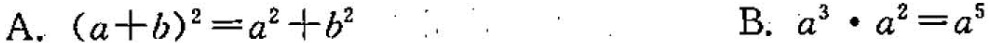
A.$$( a + b ) ^ { 2 } = a ^ { 2 } + b ^ { 2 }$$ B.$$a ^ { 3 } \cdot a ^ { 2 } = a ^ { 5 }